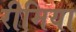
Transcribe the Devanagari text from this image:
रीमिया